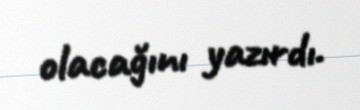
olacağını yazırdı.